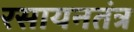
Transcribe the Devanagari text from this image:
रसायनतंत्र